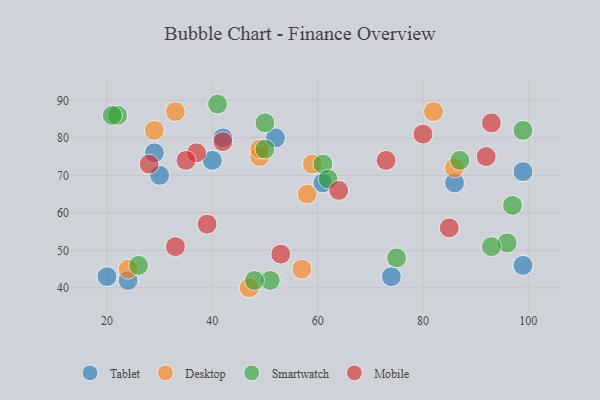
{"axis": {"x": "GDP", "y": "Life Expectancy"}, "legend": ["Desktop", "Mobile", "Smartwatch", "Tablet"], "data": [{"x": "99", "y": 46, "type": "Tablet"}, {"x": "52", "y": 80, "type": "Tablet"}, {"x": "24", "y": 42, "type": "Tablet"}, {"x": "86", "y": 68, "type": "Tablet"}, {"x": "42", "y": 80, "type": "Tablet"}, {"x": "74", "y": 43, "type": "Tablet"}, {"x": "20", "y": 43, "type": "Tablet"}, {"x": "61", "y": 68, "type": "Tablet"}, {"x": "29", "y": 76, "type": "Tablet"}, {"x": "40", "y": 74, "type": "Tablet"}, {"x": "30", "y": 70, "type": "Tablet"}, {"x": "99", "y": 71, "type": "Tablet"}, {"x": "59", "y": 73, "type": "Desktop"}, {"x": "57", "y": 45, "type": "Desktop"}, {"x": "24", "y": 45, "type": "Desktop"}, {"x": "49", "y": 75, "type": "Desktop"}, {"x": "47", "y": 40, "type": "Desktop"}, {"x": "82", "y": 87, "type": "Desktop"}, {"x": "58", "y": 65, "type": "Desktop"}, {"x": "49", "y": 77, "type": "Desktop"}, {"x": "29", "y": 82, "type": "Desktop"}, {"x": "33", "y": 87, "type": "Desktop"}, {"x": "86", "y": 72, "type": "Desktop"}, {"x": "22", "y": 86, "type": "Smartwatch"}, {"x": "61", "y": 73, "type": "Smartwatch"}, {"x": "50", "y": 77, "type": "Smartwatch"}, {"x": "41", "y": 89, "type": "Smartwatch"}, {"x": "75", "y": 48, "type": "Smartwatch"}, {"x": "51", "y": 42, "type": "Smartwatch"}, {"x": "99", "y": 82, "type": "Smartwatch"}, {"x": "96", "y": 52, "type": "Smartwatch"}, {"x": "48", "y": 42, "type": "Smartwatch"}, {"x": "21", "y": 86, "type": "Smartwatch"}, {"x": "93", "y": 51, "type": "Smartwatch"}, {"x": "50", "y": 84, "type": "Smartwatch"}, {"x": "97", "y": 62, "type": "Smartwatch"}, {"x": "87", "y": 74, "type": "Smartwatch"}, {"x": "62", "y": 69, "type": "Smartwatch"}, {"x": "26", "y": 46, "type": "Smartwatch"}, {"x": "53", "y": 49, "type": "Mobile"}, {"x": "80", "y": 81, "type": "Mobile"}, {"x": "64", "y": 66, "type": "Mobile"}, {"x": "33", "y": 51, "type": "Mobile"}, {"x": "92", "y": 75, "type": "Mobile"}, {"x": "37", "y": 76, "type": "Mobile"}, {"x": "28", "y": 73, "type": "Mobile"}, {"x": "85", "y": 56, "type": "Mobile"}, {"x": "39", "y": 57, "type": "Mobile"}, {"x": "35", "y": 74, "type": "Mobile"}, {"x": "73", "y": 74, "type": "Mobile"}, {"x": "93", "y": 84, "type": "Mobile"}, {"x": "42", "y": 79, "type": "Mobile"}]}